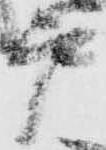
戸